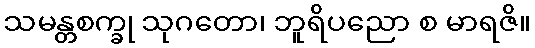
သမန္တစက္ခု သုဂတော၊ ဘူရိပညော စ မာရဇိ။